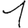
Digit: 1